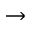
\rightarrow